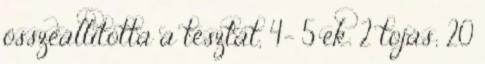
összeállította a tésztát, 4- 5 ek. 2 tojás; 20